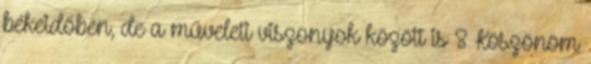
békeidőben, de a műveleti viszonyok között is 8 Köszönöm